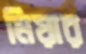
মিয়ার